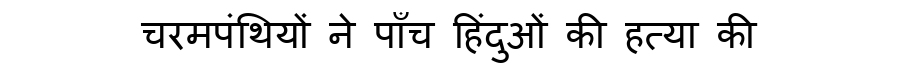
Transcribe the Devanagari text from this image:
चरमपंथियों ने पाँच हिंदुओं की हत्या की